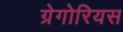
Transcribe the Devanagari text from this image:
ग्रेगोरियस